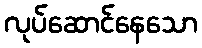
လုပ်ဆောင်နေသော